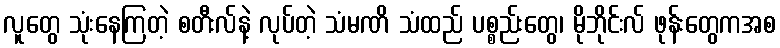
လူတွေ သုံးနေကြတဲ့ စတီးလ်နဲ့ လုပ်တဲ့ သံမဏိ သံထည် ပစ္စည်းတွေ၊ မိုဘိုင်းလ် ဖုန်းတွေကအစ